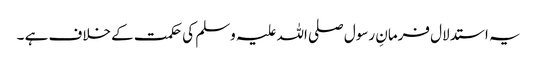
یہ استدلال فرمانِ رسول صلی اللہ علیہ وسلم کی حکمت کے خلاف ہے ۔